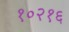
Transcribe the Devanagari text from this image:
१०२१६